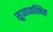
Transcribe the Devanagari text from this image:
सुव्यव्यस्थित